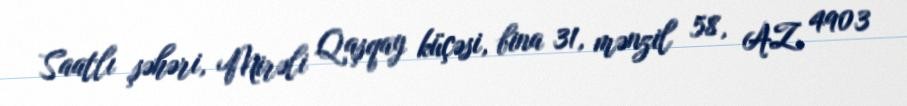
Saatlı şəhəri, Mirəli Qaşqay küçəsi, bina 31, mənzil 58, AZ 4903